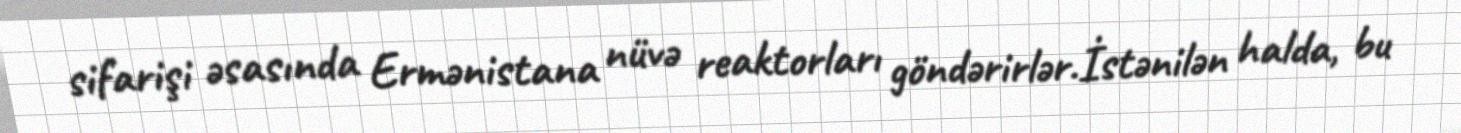
sifarişi əsasında Ermənistana nüvə reaktorları göndərirlər.İstənilən halda, bu